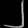
Digit: ၂